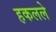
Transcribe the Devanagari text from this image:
हकलले